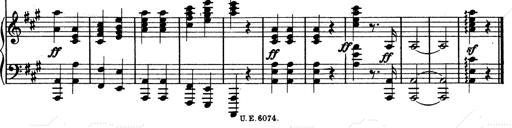
Title: Hungarian Rhapsody No.13
Composer: Franz Liszt
Key: A minor